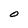
Character: O